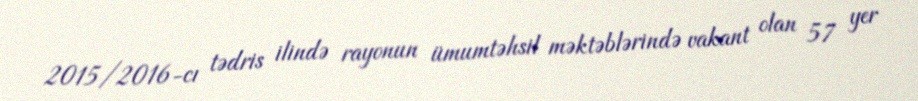
2015/2016-cı tədris ilində rayonun ümumtəhsil məktəblərində vakant olan 57 yer